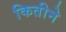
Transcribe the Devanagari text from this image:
कितीने